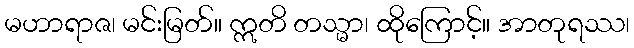
မဟာရာဇ၊ မင်းမြတ်။ ဣတိ တသ္မာ၊ ထိုကြောင့်။ အာတုရဿ၊